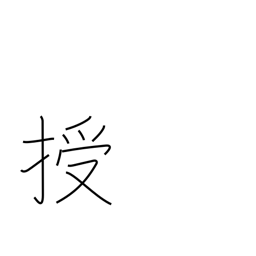
Meaning: instruct